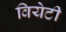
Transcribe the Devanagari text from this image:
वियेटी